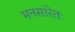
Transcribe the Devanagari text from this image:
मनसारेतः